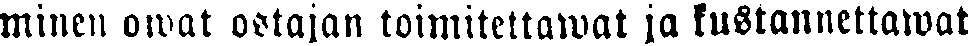
minen owat ostajan toimitettawat ja kustannettawat